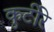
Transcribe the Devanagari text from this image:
कुटीरे